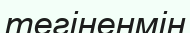
тегіненмін